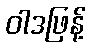
ဝါဒဖြန့်